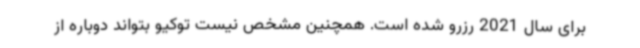
برای سال 2021 رزرو شده است. همچنین مشخص نیست توکیو بتواند دوباره از